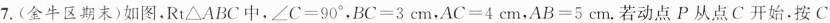
7.(金牛区期末)如图，Rt\triangle ABC中，$$\angle C=90^{\circ}$$，$$BC=3cm$$，$$AC=4cm$$，$$AB=5cm$$.若动点P从点C开始.按C